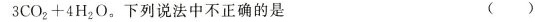
3 C O _ { 2 } + 4 H _ { 2 } O$$。下列说法中不正确的是 ()